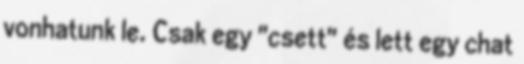
vonhatunk le. Csak egy "csett" és lett egy chat